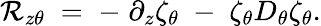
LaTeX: \mathcal{R}_{z\theta}\; =\; -\; \partial_{z}\zeta_{\theta}\; -\; \zeta_{\theta}D_{\theta}\zeta_{\theta}.